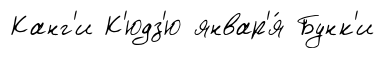
Канг'и К'юдз'ю январ'я́ Бунк'и